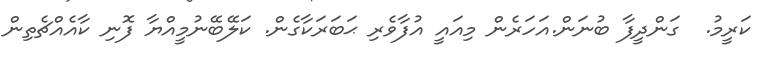
ކަރީމު.  ގަންދީފާ ބުނަން.އަހަރެން މިއައީ އުފާވެރި ޙަބަރަކާގެން. ކަލޭބޭނުމީއްޔާ ފޮނި ކާއެއްޗެތިން